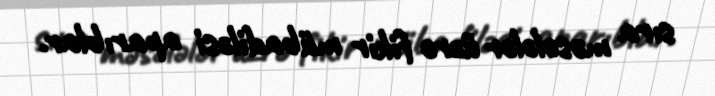
sıra məsələlər üzrə fikir mübadiləsi aparıblar.